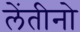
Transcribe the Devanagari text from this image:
लेंतीनो